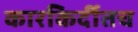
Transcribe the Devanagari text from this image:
कारकिर्दीतच